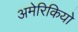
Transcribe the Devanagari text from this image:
अमेरिकियो